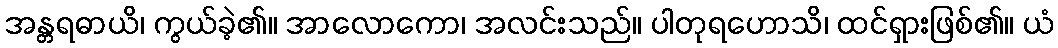
အန္တရဓာယိ၊ ကွယ်ခဲ့၏။ အာလောကော၊ အလင်းသည်။ ပါတုရဟောသိ၊ ထင်ရှားဖြစ်၏။ ယံ